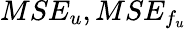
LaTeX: MSE_{u},MSE_{f_{u}}